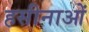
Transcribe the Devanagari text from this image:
हसीनाओं